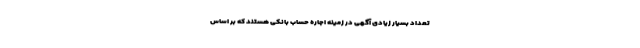
تعداد بسیار زیادی آگهی در زمینه اجاره حساب بانکی هستند که بر اساس